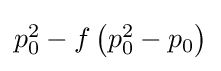
{\textstyle p_{0}^{2}-f\left(p_{0}^{2}-p_{0}\right)}